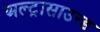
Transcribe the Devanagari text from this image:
अल्‍ट्रासाउन्‍ड